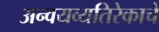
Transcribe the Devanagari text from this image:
अन्वयव्यतिरेकाचे